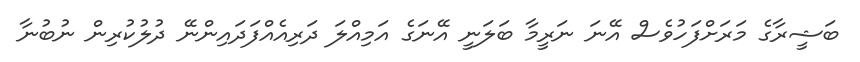
ބަޝީރާގެ މަރަށްފަހުވެސް އޭނަ ނަރީމާ ބަލަނީ އޭނަގެ އަމިއްލަ ދަރިއެއްފަދައިންނޭ ދުލުކުރިން ނުބުނާ